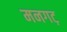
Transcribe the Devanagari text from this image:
मनगट़